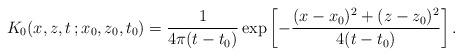
LaTeX: \begin{align*}K_0(x,z,t\,;x_0,z_0,t_0)=\frac{1}{4\pi (t-t_0)}\exp\left[-\frac{(x-x_0)^2+(z-z_0)^2}{4(t-t_0)}\right].\end{align*}